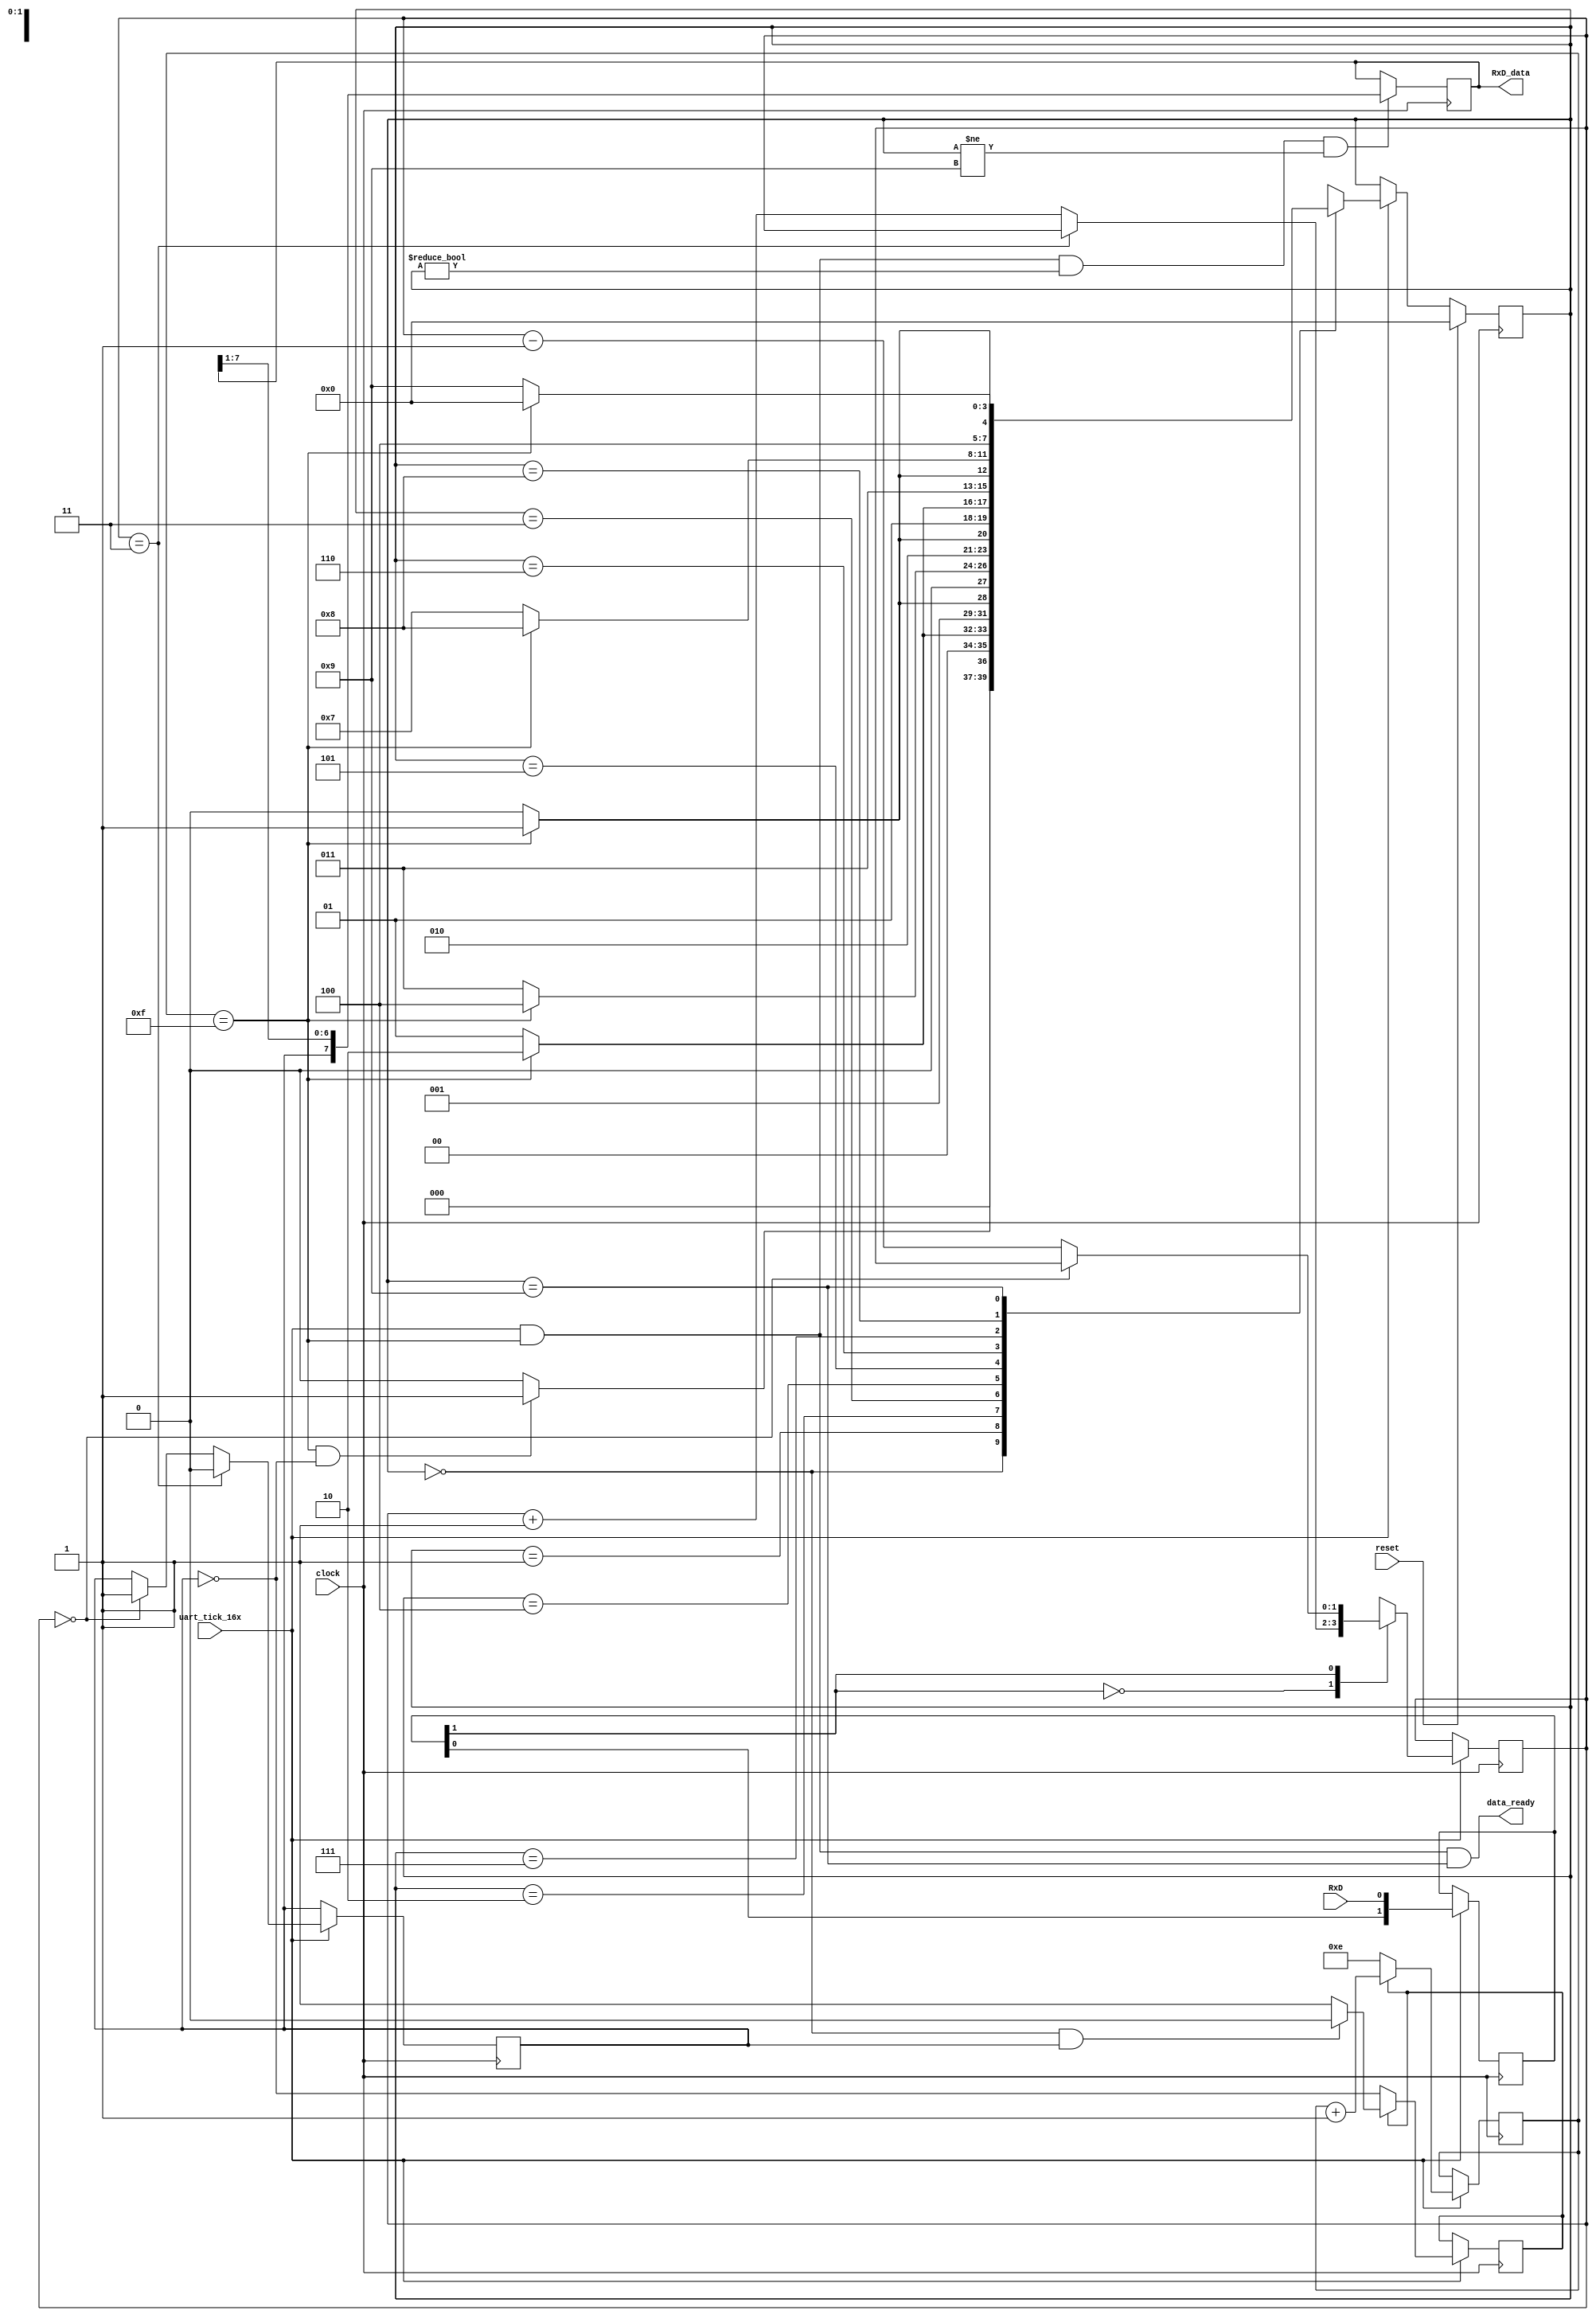
`timescale 1ns / 1ps
/*
 * Project      : University of Utah, XUM Project MIPS32 core
 * Creator(s)   : Grant Ayers (ayers@cs.utah.edu)
 *
 * Modification History:
 *   Rev   Date         Initials  Description of Change
 *   1.0   26-May-2010  GEA       Initial design.
 *
 * Standards/Formatting:
 *   Verilog 2001, 4 soft tab, wide column.
 *
 * Description:
 *   Recovers received data from the serial port with 16x clock over-sampling.
 *   'data_ready' is a synchronous pulse indicator. 8N1.
 */
module uart_rx(
    input clock,
    input reset,
    input RxD,
    input uart_tick_16x,
    output reg [7:0] RxD_data = 0,
    output data_ready
    );

    /* Synchronize incoming RxD */
    reg [1:0] RxD_sync = 2'b11; //0;
    always @(posedge clock) RxD_sync <= (uart_tick_16x) ? {RxD_sync[0], RxD} : RxD_sync;
    
    /* Filter Input */
    reg [1:0] RxD_cnt = 0;
    reg RxD_bit = 1; //0;
    always @(posedge clock) begin
        if (uart_tick_16x) begin
            case (RxD_sync[1])
                0:  RxD_cnt <= (RxD_cnt == 2'b11) ? RxD_cnt : RxD_cnt + 1;
                1:  RxD_cnt <= (RxD_cnt == 2'b00) ? RxD_cnt : RxD_cnt - 1;
            endcase
            RxD_bit <= (RxD_cnt == 2'b11) ? 0 : ((RxD_cnt == 2'b00) ? 1 : RxD_bit);
        end
        else begin
            RxD_cnt <= RxD_cnt;
            RxD_bit <= RxD_bit;
        end
    end
    
    /* State Definitions */
    localparam [3:0] IDLE=0, BIT_0=1, BIT_1=2, BIT_2=3, BIT_3=4, BIT_4=5, BIT_5=6,
                     BIT_6=7, BIT_7=8, STOP=9;
    reg [3:0] state = IDLE;
    
    /* Next-bit spacing and clock locking */
    reg clock_lock = 0;
    reg [3:0] bit_spacing = 4'b1110;   // Enable quick jumping from IDLE to BIT_0 when line was idle.
    always @(posedge clock) begin
       if (uart_tick_16x) begin
          if (~clock_lock) clock_lock <= ~RxD_bit; // We lock on when we detect a filtered 0 from idle
          else clock_lock <= ((state == IDLE) && (RxD_bit == 1'b1)) ? 0 : clock_lock;
          bit_spacing <= (clock_lock) ? bit_spacing + 1 : 4'b1110;
       end
       else begin
          clock_lock <= clock_lock;
          bit_spacing <= bit_spacing;
       end
    end
    wire next_bit = (bit_spacing == 4'b1111);

    /* State Machine */
    always @(posedge clock) begin
        if (reset) state <= IDLE;
        else if (uart_tick_16x) begin
            case (state)
                IDLE:   state <= (next_bit & (RxD_bit == 1'b0)) ? BIT_0 : IDLE;  // Start bit is 0
                BIT_0:  state <= (next_bit) ? BIT_1 : BIT_0;
                BIT_1:  state <= (next_bit) ? BIT_2 : BIT_1;
                BIT_2:  state <= (next_bit) ? BIT_3 : BIT_2;
                BIT_3:  state <= (next_bit) ? BIT_4 : BIT_3;
                BIT_4:  state <= (next_bit) ? BIT_5 : BIT_4;
                BIT_5:  state <= (next_bit) ? BIT_6 : BIT_5;
                BIT_6:  state <= (next_bit) ? BIT_7 : BIT_6;
                BIT_7:  state <= (next_bit) ? STOP  : BIT_7;
                STOP:   state <= (next_bit) ? IDLE  : STOP;
                default: state <= 4'bxxxx;
            endcase
        end
        else state <= state;
    end
    
    /* Shift Register to Collect Rx bits as they come */
    wire capture = (uart_tick_16x & next_bit & (state!=IDLE) & (state!=STOP));
    always @(posedge clock) RxD_data <= (capture) ? {RxD_bit, RxD_data[7:1]} : RxD_data[7:0];
    assign data_ready = (uart_tick_16x & next_bit & (state==STOP));
    
endmodule